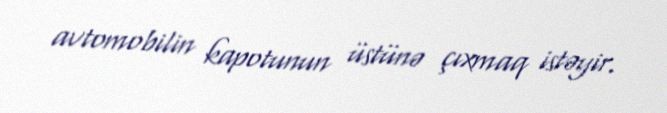
avtomobilin kapotunun üstünə çıxmaq istəyir.